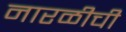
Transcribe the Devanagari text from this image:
नारळीची